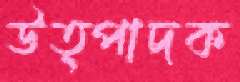
উত্পাদক